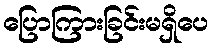
ပြောကြားခြင်းမရှိပေ